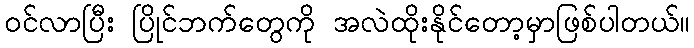
ဝင်လာပြီး ပြိုင်ဘက်တွေကို အလဲထိုးနိုင်တော့မှာဖြစ်ပါတယ်။